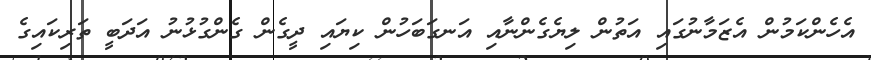
އެހެންކަމުން އެޒަމާނުގައި އަތުން ލިޔެގެންނާއި އަނގަބަހުން ކިޔައި ދީގެން ގެންގުޅުނު އަދަބީ ތަރިކައިގެ